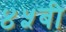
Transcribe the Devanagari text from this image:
४५बी